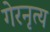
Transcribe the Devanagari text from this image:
गेरनृत्य